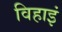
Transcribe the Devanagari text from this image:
विहाइं